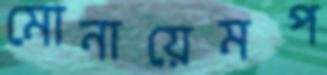
মোনায়েমপ